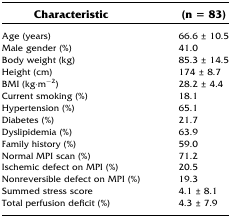
<table><thead><tr><td><b>Characteristic</b></td><td><b>(n = 83)</b></td></tr></thead><tbody><tr><td>Age (years)</td><td>66.6 ± 10.5</td></tr><tr><td>Male gender (%)</td><td>41.0</td></tr><tr><td>Body weight (kg)</td><td>85.3 ± 14.5</td></tr><tr><td>Height (cm)</td><td>174 ± 8.7</td></tr><tr><td>BMI (kg·m<sup>−2</sup>)</td><td>28.2 ± 4.4</td></tr><tr><td>Current smoking (%)</td><td>18.1</td></tr><tr><td>Hypertension (%)</td><td>65.1</td></tr><tr><td>Diabetes (%)</td><td>21.7</td></tr><tr><td>Dyslipidemia (%)</td><td>63.9</td></tr><tr><td>Family history (%)</td><td>59.0</td></tr><tr><td>Normal MPI scan (%)</td><td>71.2</td></tr><tr><td>Ischemic defect on MPI (%)</td><td>20.5</td></tr><tr><td>Nonreversible defect on MPI (%)</td><td>19.3</td></tr><tr><td>Summed stress score</td><td>4.1 ± 8.1</td></tr><tr><td>Total perfusion deficit (%)</td><td>4.3 ± 7.9</td></tr></tbody></table>